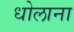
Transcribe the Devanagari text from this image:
धोलाना